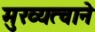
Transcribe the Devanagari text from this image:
मुख्यत्वाने